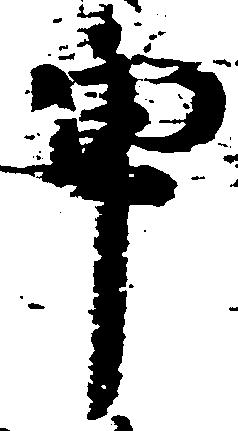
申